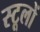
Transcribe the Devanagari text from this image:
स्टूलों